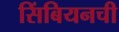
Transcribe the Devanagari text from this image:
सिंबियनची